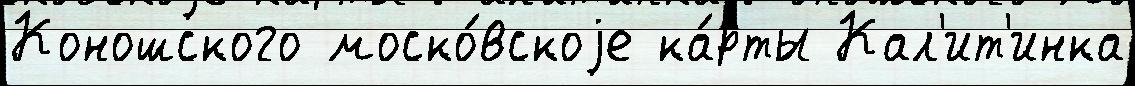
Коношского моско́вскоjе ка́рты Кал'ит'инка